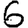
Digit: 6